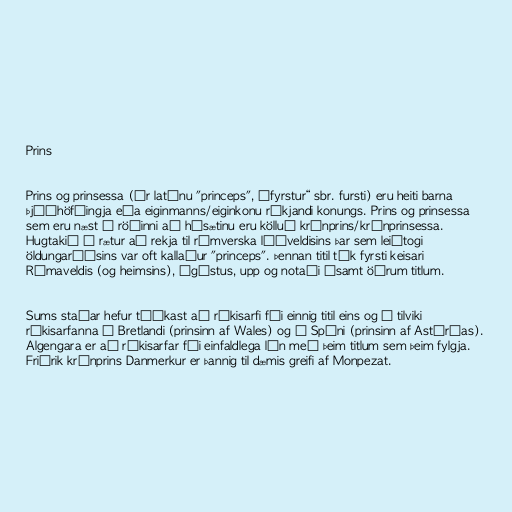
Prins

Prins og prinsessa (úr latínu "princeps", „fyrstur“ sbr. fursti) eru heiti barna
þjóðhöfðingja eða eiginmanns/eiginkonu ríkjandi konungs. Prins og prinsessa
sem eru næst í röðinni að hásætinu eru kölluð krónprins/krónprinsessa.
Hugtakið á rætur að rekja til rómverska lýðveldisins þar sem leiðtogi
öldungaráðsins var oft kallaður "princeps". Þennan titil tók fyrsti keisari
Rómaveldis (og heimsins), Ágústus, upp og notaði ásamt öðrum titlum.

Sums staðar hefur tíðkast að ríkisarfi fái einnig titil eins og í tilviki
ríkisarfanna í Bretlandi (prinsinn af Wales) og á Spáni (prinsinn af Astúrías).
Algengara er að ríkisarfar fái einfaldlega lén með þeim titlum sem þeim fylgja.
Friðrik krónprins Danmerkur er þannig til dæmis greifi af Monpezat.